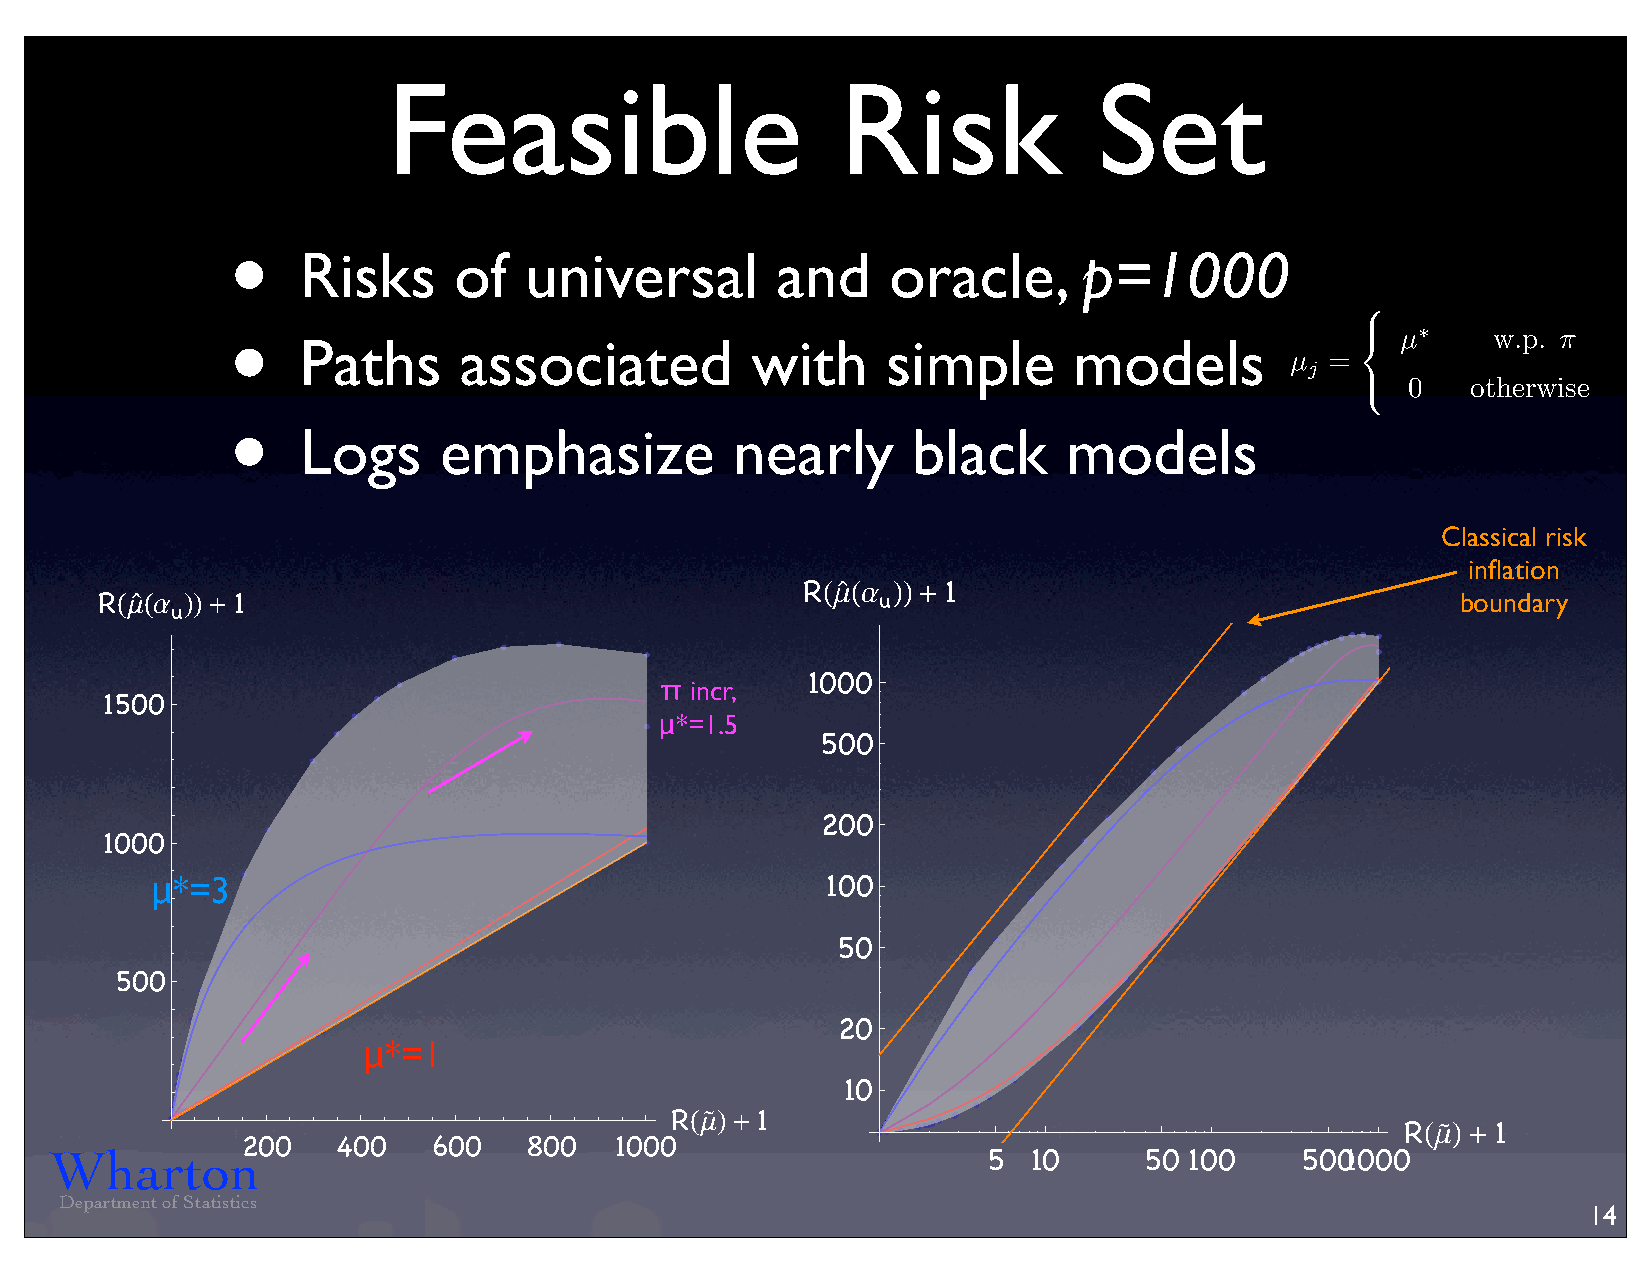
Feasible                      Risk             Set
 •
 Risks     of   universal       and     oracle,      p=1000
 •
 µ     w.p. ⇡
 Paths     associated          with     simple      models                 ⇤
 µ  =
 j
 8
 0   otherwise
 <
 •
 Logs     emphasize          nearly      black      models
 :
 Classical risk
 `                                         inflation
 `                                           R m a   + 1
 R m a   +1                                          u                                      boundary
 u
 1000
 π incr,
 1500                                           H H  LL
 H H LL
 μ*=1.5
 500
 200
 1000
 μ*=3                                         100
 50
 500
 20
 μ*=1
 10
 é
 R m +1                                             é
 R m + 1
 200   400   600    800   1000
 Wharton                                                       5  10      50 100    5001000
 Department of Statistics
 14
 H L
 H L